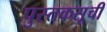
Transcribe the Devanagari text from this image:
पुस्तकसूची